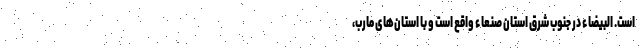
است. البیضاء در جنوب شرق استان صنعاء واقع است و با استان‌های مارب،